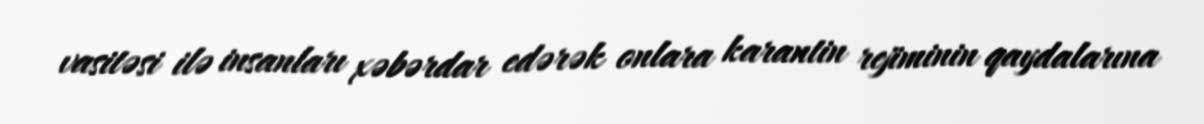
vasitəsi ilə insanları xəbərdar edərək onlara karantin rejiminin qaydalarına